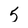
Character: 5